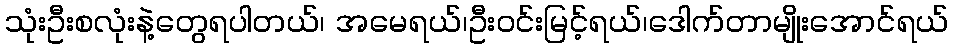
သုံးဦးစလုံးနဲ့တွေရပါတယ်၊ အမေရယ်၊ဦးဝင်းမြင့်ရယ်၊ဒေါက်တာမျိုးအောင်ရယ်